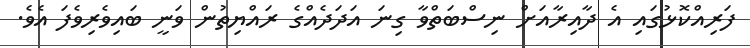
ފަރިއްކޮޅުގައި އެ ދާއިރާއަށް ނިސްބަތްވާ ގިނަ އަދަދެއްގެ ރައްޔިތުން ވަނީ ބައިވެރިވެފަ އެވެ.